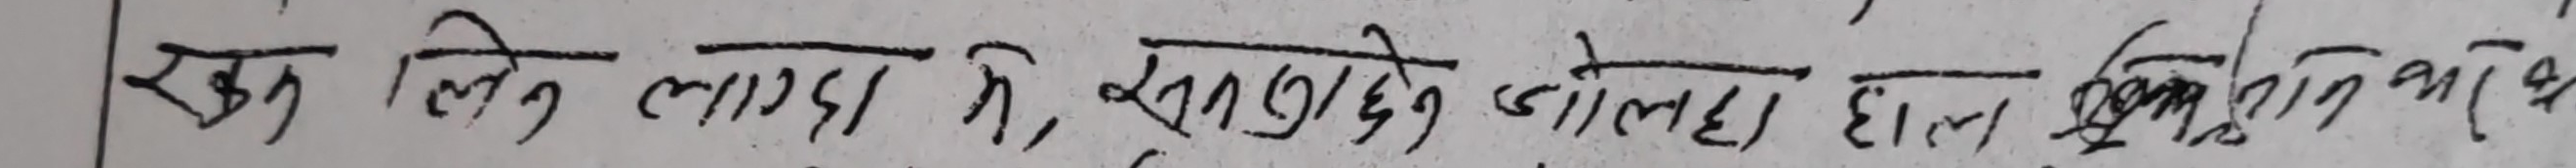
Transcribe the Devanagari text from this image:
रक्त लिने लाग छ, सन्तान जोल्ठो हुँदा पुष्ट भई छन्।